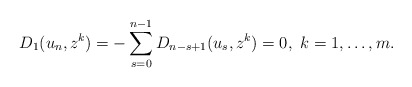
\begin{align*}D_1(u_n,z^k)=-\sum_{s=0}^{n-1}D_{n-s+1}(u_s,z^k)=0,\ k=1,\dots, m.\end{align*}